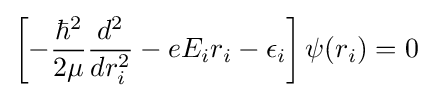
\left[-{\hbar ^{2} \over 2\mu }{d^{2} \over {dr_{i}^{2}}}-eE_{i}r_{i}-\epsilon _{i}\right]\psi (r_{i})=0